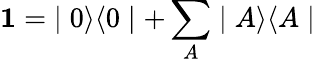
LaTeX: \textbf{1}=\; \mid 0\rangle\langle 0\mid+\sum_{A}\mid A\rangle\langle A\mid